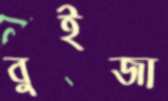
বুইজা